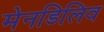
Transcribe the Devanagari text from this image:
मेनडिलिव